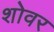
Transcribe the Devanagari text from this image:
शोवर